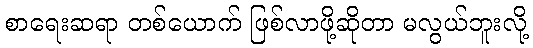
စာရေးဆရာ တစ်ယောက် ဖြစ်လာဖို့ဆိုတာ မလွယ်ဘူးလို့